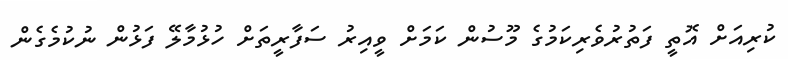
ކުރިއަށް އޮތީ ފަތުރުވެރިކަމުގެ މޫސުން ކަމަށް ވީއިރު ސަފާރީތަށް ހުޅުމާލޭ ފަޅުން ނުކުމެގެން